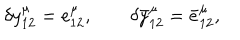
\delta y _ { 1 2 } ^ { \mu } = e _ { 1 2 } ^ { \mu } , \qquad \delta \bar { y } _ { 1 2 } ^ { \mu } = \bar { e } _ { 1 2 } ^ { \mu } ,